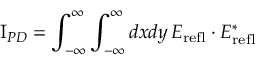
\mathrm { I } _ { P D } = \int _ { - \infty } ^ { \infty } \int _ { - \infty } ^ { \infty } d x d y \, E _ { \mathrm { r e f l } } \cdot E _ { \mathrm { r e f l } } ^ { * }